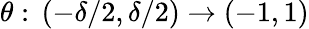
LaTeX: \theta:\, (-\delta/2,\delta/2)\rightarrow(-1,1)